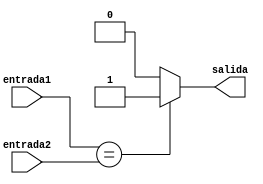
`timescale 1ns / 1ps
//////////////////////////////////////////////////////////////////////////////////
// Company: 
// Engineer: 
// 
// Design Name: 
// Module Name: comparador
// Project Name: 
// Target Devices: 
// Tool Versions: 
// Description: 
// 
// Dependencies: 
// 
// Revision:
// Revision 0.01 - File Created
// Additional Comments:
// 
//////////////////////////////////////////////////////////////////////////////////


module comparador_28b(
    input[27:0] entrada1,
    input[27:0] entrada2,
    output reg salida
    );
    
    always @(entrada2)
        if (entrada1 == entrada2) 
            salida <= 1'b1;
        else 
            salida <= 1'b0;
endmodule